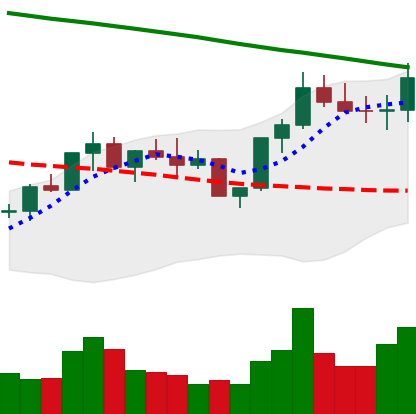
Ticker: BNB-USD
Chart end date: 2022-08-03
Forward return: 8.863%
Label: up_7plus